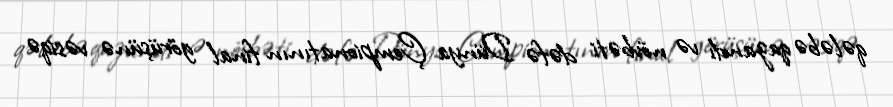
qələbə qazandı və növbəti dəfə Dünya Çempionatının final görüşünə vəsiqə